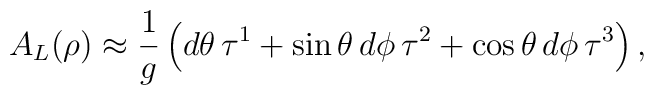
A_L(\rho) \approx \frac{1}{g} \left(                 d \theta \, \tau^1 +                                       \sin \theta \, d \phi   \, \tau^2 +                                       \cos \theta \, d \phi   \, \tau^3                               \right),